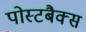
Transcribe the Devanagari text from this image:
पोस्टबैक्स